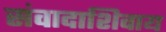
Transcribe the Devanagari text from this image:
संवादाशिवाय